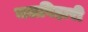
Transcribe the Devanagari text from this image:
जलविहारी